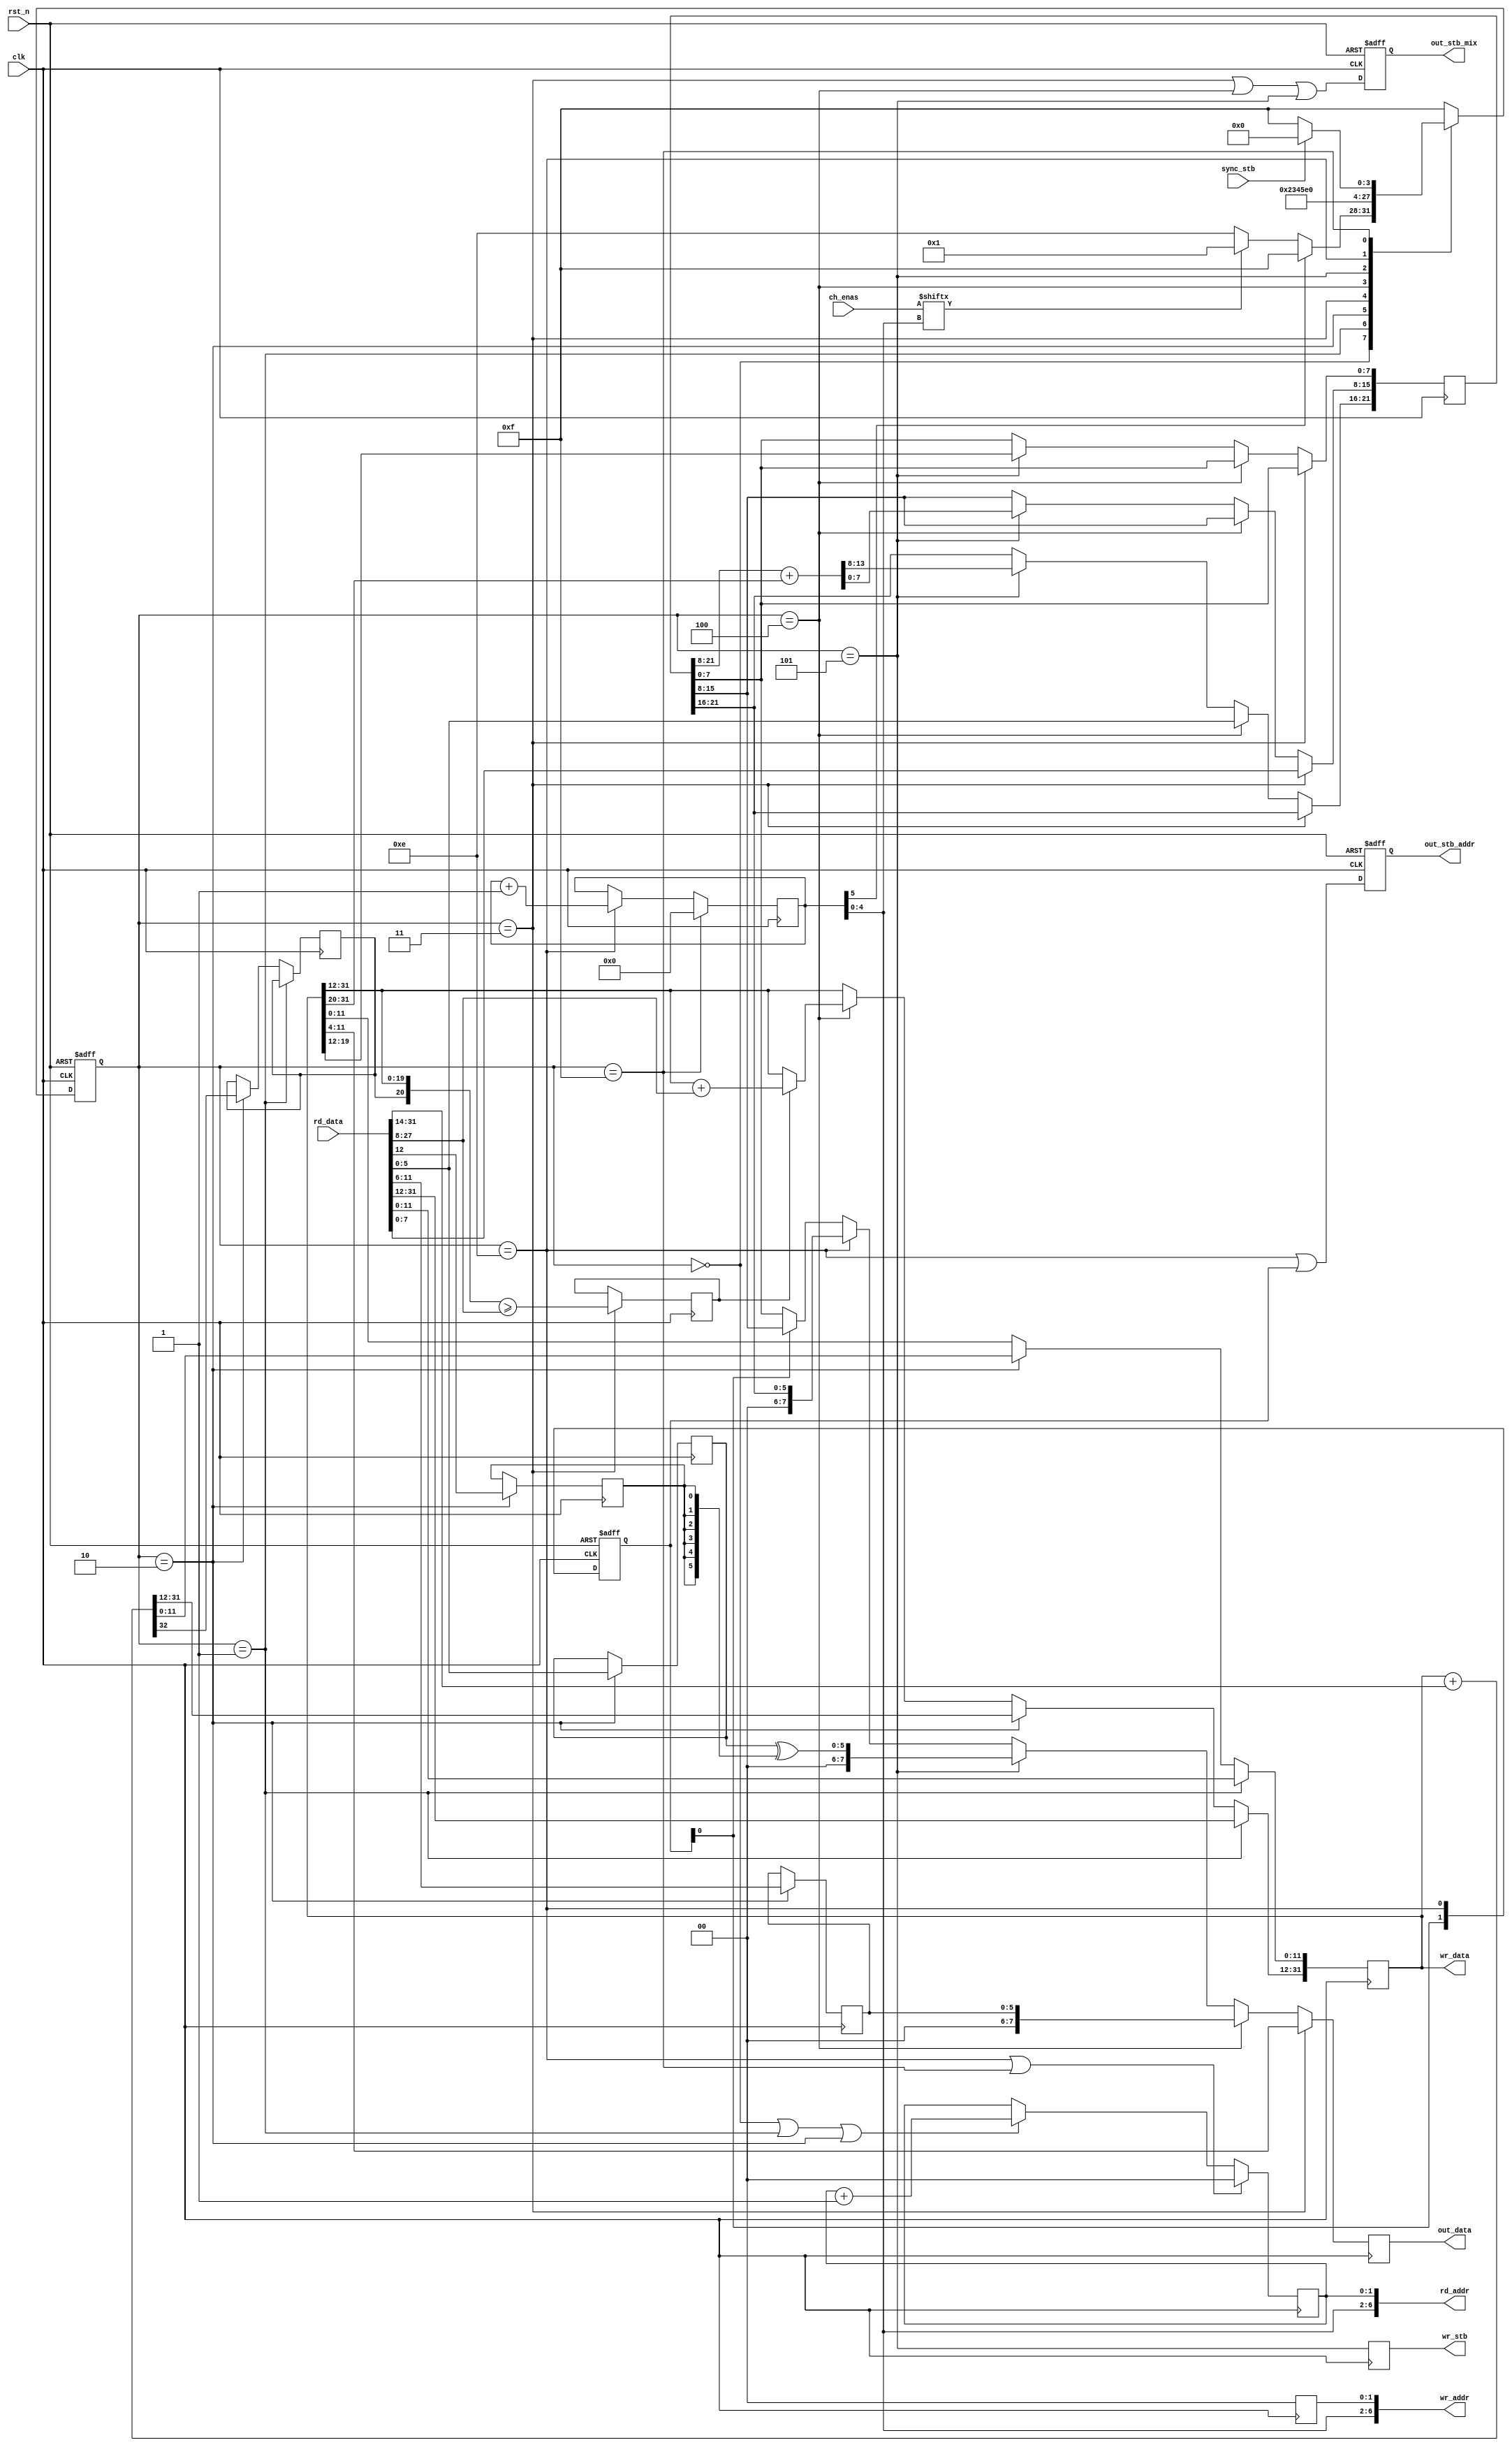
module chan_ctrl
(
	input  wire clk, // 24.0 MHz
	input  wire rst_n,

	// memory interface
	output reg  [ 6:0] rd_addr,
	input  wire [31:0] rd_data,
	//
	output reg  [ 6:0] wr_addr,
	output wire [31:0] wr_data,
	output reg         wr_stb,

	// 37500 Hz period strobe (1-cycle strobe)
	input  wire        sync_stb,

	// channel enables
	input  wire [31:0] ch_enas,

	// output data
	output reg  [ 7:0] out_data, 
	output reg         out_stb_addr, // strobes address sequence (addrhi/mid/lo)
	output reg         out_stb_mix   // strobes mix sequence (frac/vl/vr)
	// sequence: addrhi, addrmid, addrlo; frac, vl, vr (6 bytes)
);

	reg [ 5:0] curr_ch; // current channel number
	wire       stop = curr_ch[5];

	// channel fetch state machine
	reg [3:0] st;
	reg [3:0] next_st;

	// channel enable
	wire ch_ena = ch_enas[curr_ch[4:0]];

	// offset storage
	reg [31:0] offset;
	reg        off_cy; // extra carry [32th bit]

	// offset>=size flag
	reg oversize;

	// volumes storage
	reg [5:0] vol_left;
	reg [5:0] vol_right;
	// miscellaneous
	reg loopena;
	reg surround;
	
	// base address
	reg [21:0] base;


	// emit control
	reg [1:0] addr_emit;

	
	///////////////////////
	// states definition //
	///////////////////////
	localparam ST_BEGIN     = 4'd0;
	localparam ST_GETOFFS   = 4'd1; // when offset value arrives
	localparam ST_GETADDVOL = 4'd2; // whed add and volumes arrive
	localparam ST_GETSIZE   = 4'd3; // size and part of base address arrive
	localparam ST_GETLOOP   = 4'd4; // when loop and last part of base address arrive
	localparam ST_SAVEOFFS  = 4'd5;
	//localparam ST_ = 4'd;
	//localparam ST_ = 4'd;
	//localparam ST_ = 4'd;
	//localparam ST_ = 4'd;
	//localparam ST_ = 4'd;
	localparam ST_NEXT = 4'd14;
	localparam ST_WAIT = 4'd15;
	
	
	
	
	
	always @(posedge clk)
	     if( st==ST_WAIT )
		curr_ch[5:0] <= 6'd0;
	else if( st==ST_NEXT )
		curr_ch[5:0] <= curr_ch[5:0] + 6'd1;






	always @(posedge clk, negedge rst_n)
	if( !rst_n )
		st <= ST_WAIT;
	else
		st <= next_st;
	//
	always @*
	case( st )
	//////////////////////////////////////////////////////////////////////
	ST_BEGIN:
	if( stop )
		next_st = ST_WAIT;
	else if( !ch_ena )
		next_st = ST_NEXT;
	else
		next_st = ST_GETOFFS;
	///////////////////////////////////////////////////////////////////////
	ST_GETOFFS:
		next_st = ST_GETADDVOL;
	///////////////////////////////////////////////////////////////////////
	ST_GETADDVOL:
		next_st = ST_GETSIZE;
	///////////////////////////////////////////////////////////////////////
	ST_GETSIZE:
		next_st = ST_GETLOOP;
	///////////////////////////////////////////////////////////////////////
	ST_GETLOOP:
		next_st = ST_SAVEOFFS;
	///////////////////////////////////////////////////////////////////////
	ST_SAVEOFFS:
		next_st = ST_NEXT;
	///////////////////////////////////////////////////////////////////////
	///////////////////////////////////////////////////////////////////////
	///////////////////////////////////////////////////////////////////////
	///////////////////////////////////////////////////////////////////////
	ST_NEXT:
		next_st = ST_BEGIN;
	///////////////////////////////////////////////////////////////////////
	ST_WAIT:
	if( sync_stb )
		next_st = ST_BEGIN;
	else
		next_st = ST_WAIT;
	////////////////////////////////////////////////
	///////////////////////
	default: next_st = ST_WAIT;
	///////////////////////////////////////////////////////////////////////
	endcase


	// state memory address control
	always @*
		rd_addr[6:2] <= curr_ch[4:0];
	always @*
		wr_addr[6:2] <= curr_ch[4:0];
	always @(posedge clk)
		wr_addr[1:0] <= 2'd0;
	//
	always @(posedge clk)
	if( st==ST_NEXT || st==ST_WAIT )
	begin
		rd_addr[1:0] <= 2'd0;
	end
	else if( st==ST_BEGIN || st==ST_GETOFFS || st==ST_GETADDVOL )
	begin
		rd_addr[1:0] <= rd_addr[1:0] + 2'd1;
	end


	// offset register control
	always @(posedge clk)
	if( st==ST_GETOFFS )
		offset <= rd_data;
	else if( st==ST_GETADDVOL )
		{off_cy, offset} <= {1'b0, offset} + {1'b0, 14'd0, rd_data[31:14]};
	else if( st==ST_GETLOOP )
		offset[31:12] <= oversize ? (offset[31:12]+rd_data[27:8]) : offset[31:12]; // TODO: or maybe rd_data & {20{oversize}} ?

	// offset overflow control
	always @(posedge clk)
	if( st==ST_GETSIZE )
		oversize <= ( {off_cy,offset[31:12]} >= {1'b0, rd_data[27:8]} );

	// offset writeback
	always @(posedge clk)
		wr_stb <= st==ST_SAVEOFFS;
	//
	assign wr_data = offset;


	// volumes and miscellaneous
	always @(posedge clk)
	if( st==ST_GETADDVOL )
	begin
		vol_left  <= rd_data[11:6];
		vol_right <= rd_data[ 5:0];

		loopena  <= rd_data[13];
		surround <= rd_data[12];
	end



	// base address calc
	always @(posedge clk)
	if( st==ST_GETSIZE )
		base[15:8] <= rd_data[7:0];
	else if( st==ST_GETLOOP )
		base[21:16] <= rd_data[5:0];
	else if( st==ST_SAVEOFFS )
	begin
		base[7:0] <= offset[19:12];
		base[21:8] <= base[21:8] + {2'd0,offset[31:20]};
	end





	// emitting data to fifos
	always @(posedge clk, negedge rst_n)
	if( !rst_n )
		addr_emit <= 2'd0;
	else
		addr_emit[1:0] <= {addr_emit[0], st==ST_NEXT};
	//
	always @(posedge clk)
	     if( st==ST_GETSIZE )
		out_data <= offset[11:4];
	else if( st==ST_GETLOOP )
		out_data <= {2'd0, vol_left[5:0]};
	else if( st==ST_SAVEOFFS )
		out_data <= {2'd0, vol_right[5:0] ^ {6{surround}}};
	else if( st==ST_NEXT )
		out_data <= {2'd0, base[21:16]};
	else if( addr_emit[0] )
		out_data <= base[15:8];
	else
		out_data <= base[7:0];
	//
	always @(posedge clk, negedge rst_n)
	if( !rst_n )
		out_stb_mix <= 1'b0;
	else
		out_stb_mix <= (st==ST_GETSIZE)  ||
		               (st==ST_GETLOOP)  ||
		               (st==ST_SAVEOFFS) ;
	//
	always @(posedge clk, negedge rst_n)
	if( !rst_n )
		out_stb_addr <= 1'b0;
	else
		out_stb_addr <= (st==ST_NEXT) || addr_emit;



endmodule